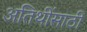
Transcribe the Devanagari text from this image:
अतिथींसाठी